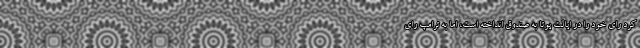
کرد رای خود را در ایالت یوتا به صندوق انداخته است، اما به ترامپ رای